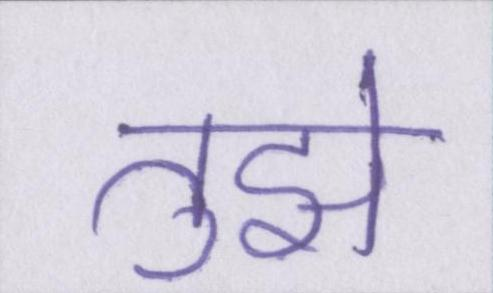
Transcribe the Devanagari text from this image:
तुझे